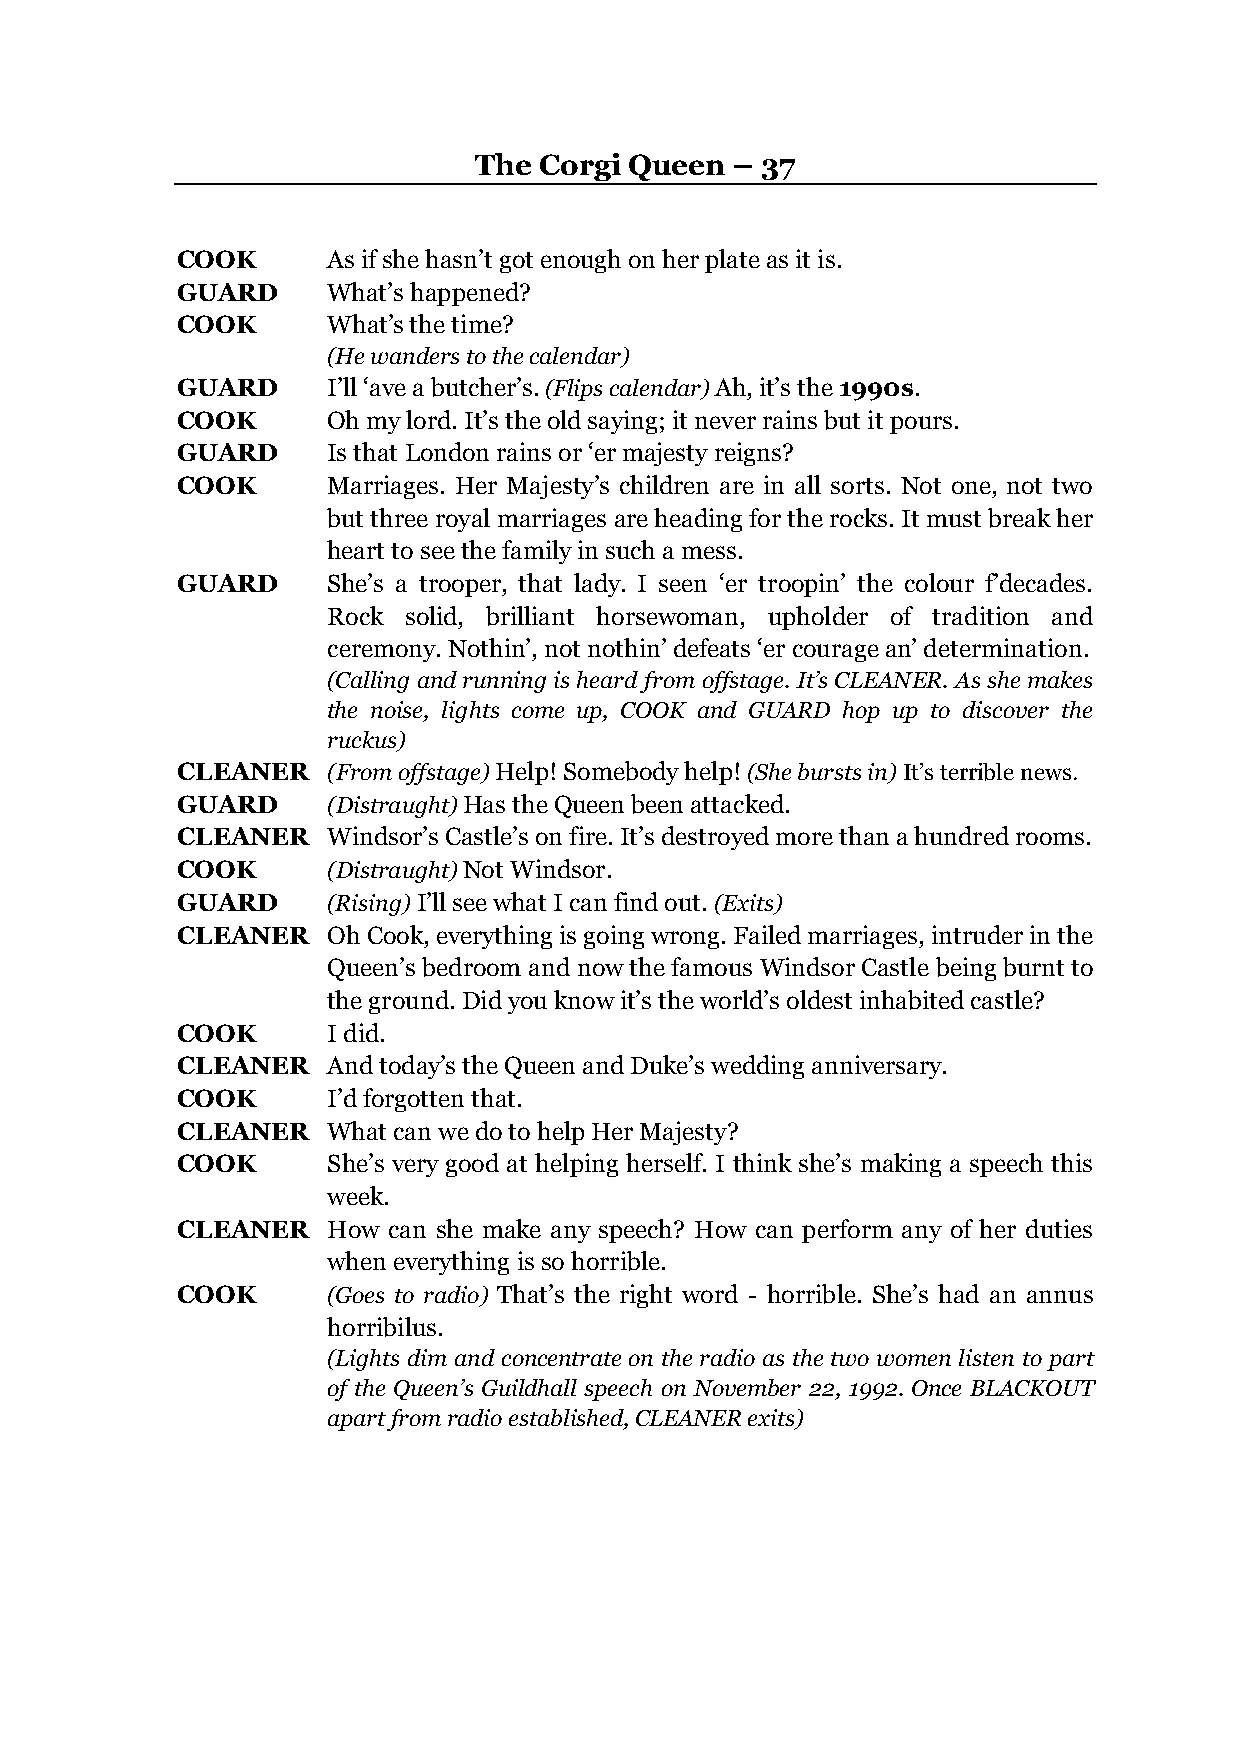
The  Corgi Queen  – 37
 COOK      As if she hasn’t got enough on her plate as it is.
 GUARD     What’s happened?
 COOK      What’s the time?
 (He wanders to the calendar)
 GUARD     I’ll ‘ave a butcher’s. (Flips calendar) Ah, it’s the 1990s.
 COOK      Oh my lord. It’s the old saying; it never rains but it pours.
 GUARD     Is that London rains or ‘er majesty reigns?
 COOK      Marriages. Her Majesty’s children are in all sorts. Not one, not two
 but three royal marriages are heading for the rocks. It must break her
 heart to see the family in such a mess.
 GUARD     She’s a trooper, that lady. I seen ‘er troopin’ the colour f’decades.
 Rock solid, brilliant horsewoman, upholder of tradition and
 ceremony. Nothin’, not nothin’ defeats ‘er courage an’ determination.
 (Calling and running is heard from offstage. It’s CLEANER. As she makes
 the noise, lights come up, COOK and GUARD hop up to discover the
 ruckus)
 CLEANER   (From offstage) Help! Somebody help! (She bursts in) It’s terrible news.
 GUARD     (Distraught) Has the Queen been attacked.
 CLEANER   Windsor’s Castle’s on fire. It’s destroyed more than a hundred rooms.
 COOK      (Distraught) Not Windsor.
 GUARD     (Rising) I’ll see what I can find out. (Exits)
 CLEANER   Oh Cook, everything is going wrong. Failed marriages, intruder in the
 Queen’s bedroom and now the famous Windsor Castle being burnt to
 the ground. Did you know it’s the world’s oldest inhabited castle?
 COOK      I did.
 CLEANER   And today’s the Queen and Duke’s wedding anniversary.
 COOK      I’d forgotten that.
 CLEANER   What can we do to help Her Majesty?
 COOK      She’s very good at helping herself. I think she’s making a speech this
 week.
 CLEANER   How can she make any speech? How can perform any of her duties
 when everything is so horrible.
 COOK      (Goes to radio) That’s the right word - horrible. She’s had an annus
 horribilus.
 (Lights dim and concentrate on the radio as the two women listen to part
 of the Queen’s Guildhall speech on November 22, 1992. Once BLACKOUT
 apart from radio established, CLEANER exits)